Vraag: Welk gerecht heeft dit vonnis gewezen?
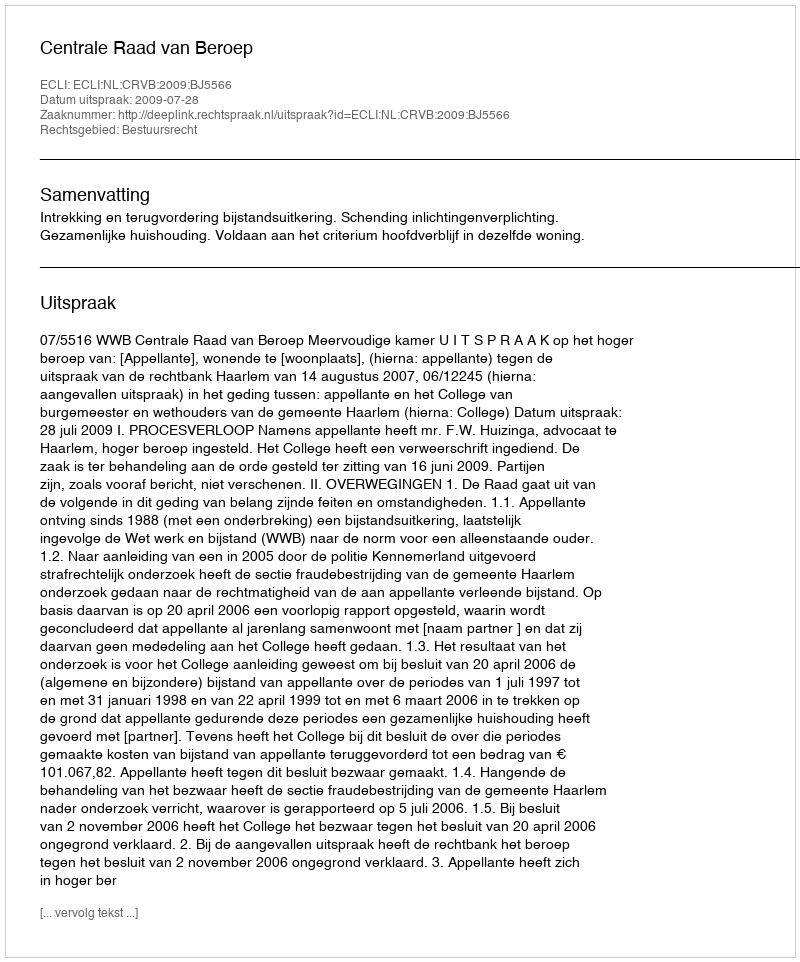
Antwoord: Centrale Raad van Beroep